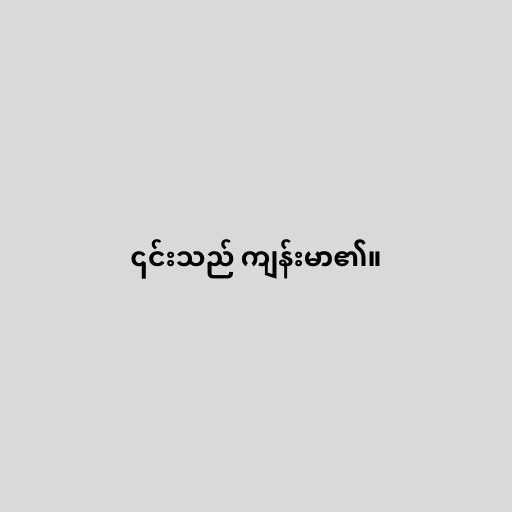
၎င်းသည် ကျန်းမာ၏။